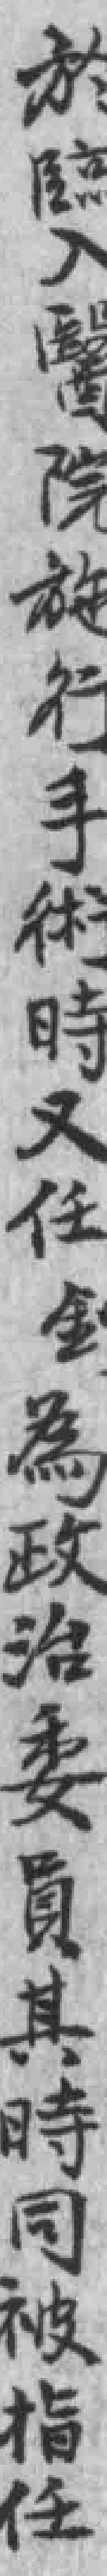
於*醫院施行手術時又任釗為政治委員其時同被指任